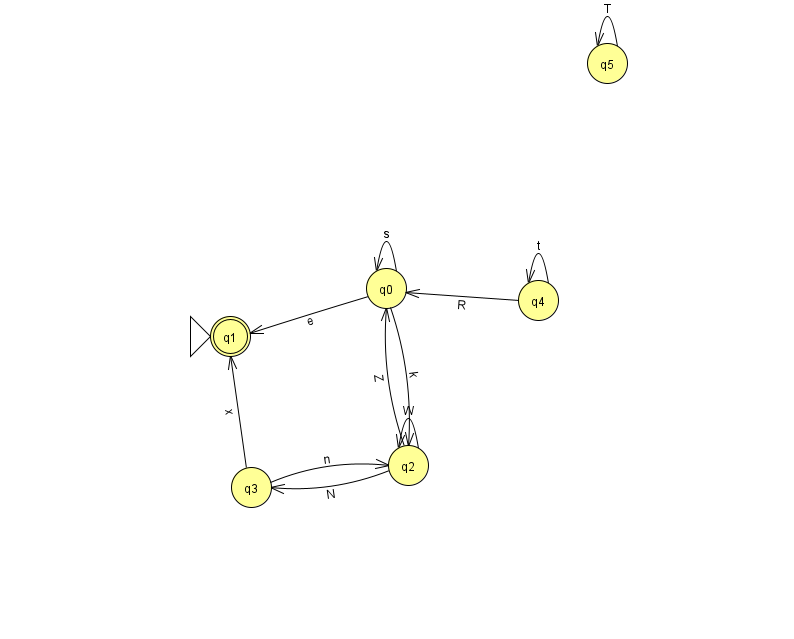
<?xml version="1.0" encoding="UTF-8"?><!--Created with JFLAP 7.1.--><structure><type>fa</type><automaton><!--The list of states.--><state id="0" name="q0"><x>386.0</x><y>275.0</y></state><state id="1" name="q1"><x>230.0</x><y>323.0</y><initial/><final/></state><state id="2" name="q2"><x>408.0</x><y>452.0</y></state><state id="3" name="q3"><x>251.0</x><y>474.0</y></state><state id="4" name="q4"><x>538.0</x><y>287.0</y></state><state id="5" name="q5"><x>607.0</x><y>50.0</y></state><!--The list of transitions.--><transition><from>0</from><to>0</to><read>s</read></transition><transition><from>4</from><to>4</to><read>t</read></transition><transition><from>5</from><to>5</to><read>T</read></transition><transition><from>2</from><to>2</to><read>W</read></transition><transition><from>3</from><to>1</to><read>x</read></transition><transition><from>4</from><to>0</to><read>R</read></transition><transition><from>2</from><to>3</to><read>N</read></transition><transition><from>3</from><to>2</to><read>n</read></transition><transition><from>0</from><to>1</to><read>e</read></transition><transition><from>0</from><to>2</to><read>k</read></transition><transition><from>2</from><to>0</to><read>Z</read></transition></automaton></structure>